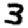
Digit: 3